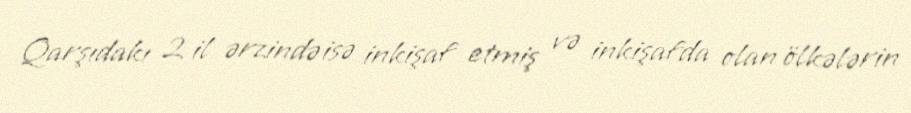
Qarşıdakı 2 il ərzində isə inkişaf etmiş və inkişafda olan ölkələrin